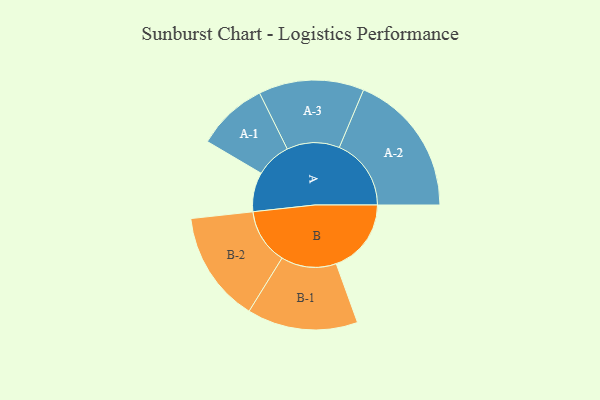
{"axis": {"x": "Segment", "y": "Value"}, "legend": ["", "A", "B"], "data": [{"x": "A", "y": 162, "type": ""}, {"x": "B", "y": 309, "type": ""}, {"x": "A-1", "y": 146, "type": "A"}, {"x": "A-2", "y": 296, "type": "A"}, {"x": "A-3", "y": 217, "type": "A"}, {"x": "B-1", "y": 228, "type": "B"}, {"x": "B-2", "y": 229, "type": "B"}]}